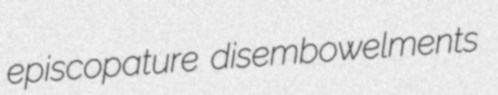
episcopature disembowelments